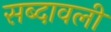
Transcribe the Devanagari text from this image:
सब्दावली